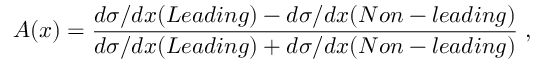
A ( x ) = \frac { d \sigma / d x ( L e a d i n g ) - d \sigma / d x ( N o n - l e a d i n g ) } { d \sigma / d x ( L e a d i n g ) + d \sigma / d x ( N o n - l e a d i n g ) } \; ,